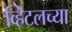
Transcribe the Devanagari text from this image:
व्हिटलच्या